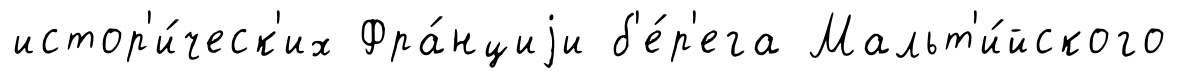
истор'и́ческ'их Фра́нциjи б'е́р'ега Мальт'и́йского